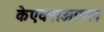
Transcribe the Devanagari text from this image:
केएक्सओएल